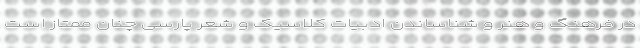
در فرهنگ و هنر و شناساندن ادبیات کلاسیک و شعر پارسی چنان ممتاز است